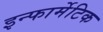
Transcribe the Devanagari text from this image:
इन्फार्मेटिक